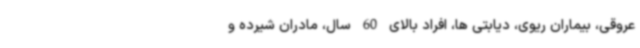
عروقی، بیماران ریوی، دیابتی ها، افراد بالای 60 سال، مادران شیرده و